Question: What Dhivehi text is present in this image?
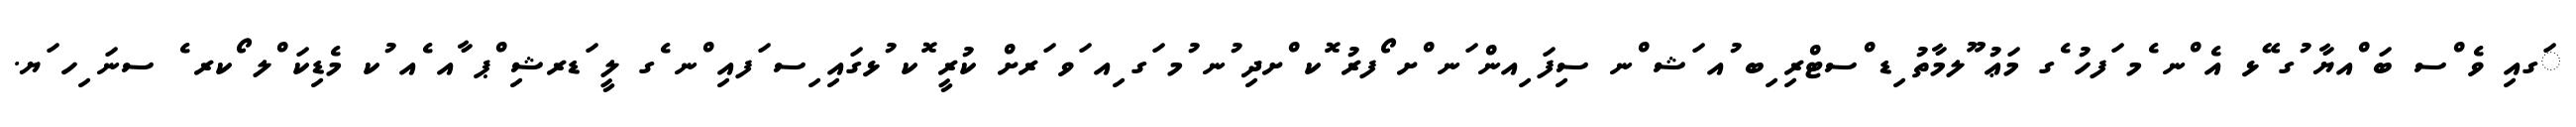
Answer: ަގއި ވެ ްސ ބަ ްއޔާ ުގ ޭޅ އެ ްނ ެމ ަފހު ެގ މަޢު ޫލމާތު ިޑ ްސޓްރި ިބ ުއ ަޝ ްނ ސިފަ ިއން ަނ ްށ ޯފރު ޮކ ްށދި ުނ ުމ ަގ ިއ ަވ ަރށް ކުރީ ޮކ ުޅގައި ިސ ަފއި ްނ ެގ ލީ ަޑރޝި ްޕ ާއ ެއ ުކ މެޑިކަ ްލ ޯކރ ެ ސނަ ިހ ަޔ.